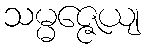
သမ္မဇ္ဇေယျ